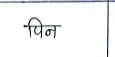
मजकूर: पिन